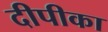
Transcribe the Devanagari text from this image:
दीपीका